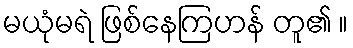
မယုံမရဲ ဖြစ်နေကြဟန် တူ၏ ။